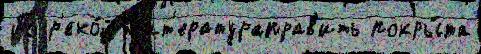
По р'еко́й Л'ит'ератураправ'ить покры́та